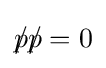
p\!\!\!/p\!\!\!/=0